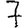
Digit: 7